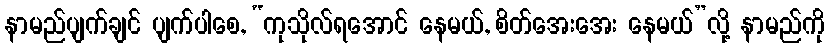
နာမည်ပျက်ချင် ပျက်ပါစေ, “ကုသိုလ်ရအောင် နေမယ်, စိတ်အေးအေး နေမယ်”လို့ နာမည်ကို